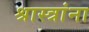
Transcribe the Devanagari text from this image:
श्रास्त्रांना